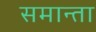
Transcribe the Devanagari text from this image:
समान्ता